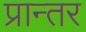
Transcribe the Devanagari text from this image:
प्रान्तर